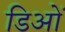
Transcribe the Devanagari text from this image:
डिओं